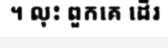
។ លុះ ពួកគេ ដើរ